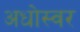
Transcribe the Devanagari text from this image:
अधोस्वर